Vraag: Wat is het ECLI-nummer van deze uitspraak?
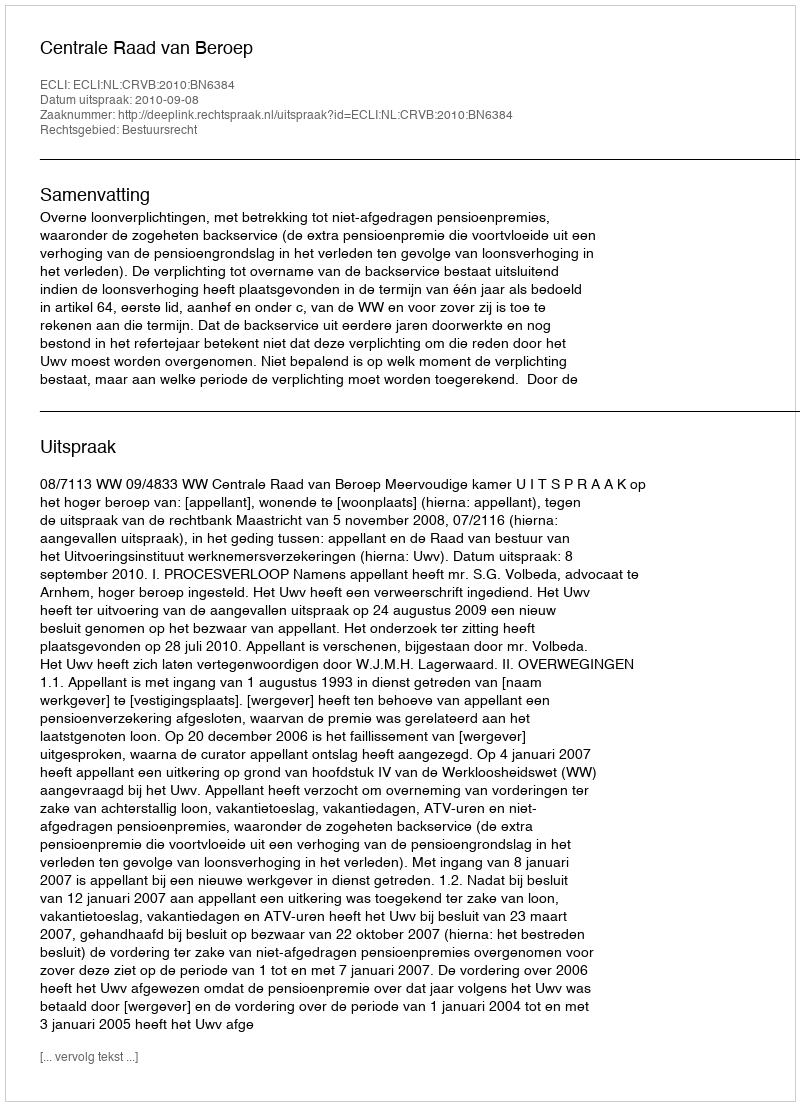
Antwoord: ECLI:NL:CRVB:2010:BN6384